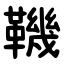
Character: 鞿